Annual returns of the Patna Lunatic Asylum at Bankipore in Bihar and Orissa - 1912-1924
Year: 1912
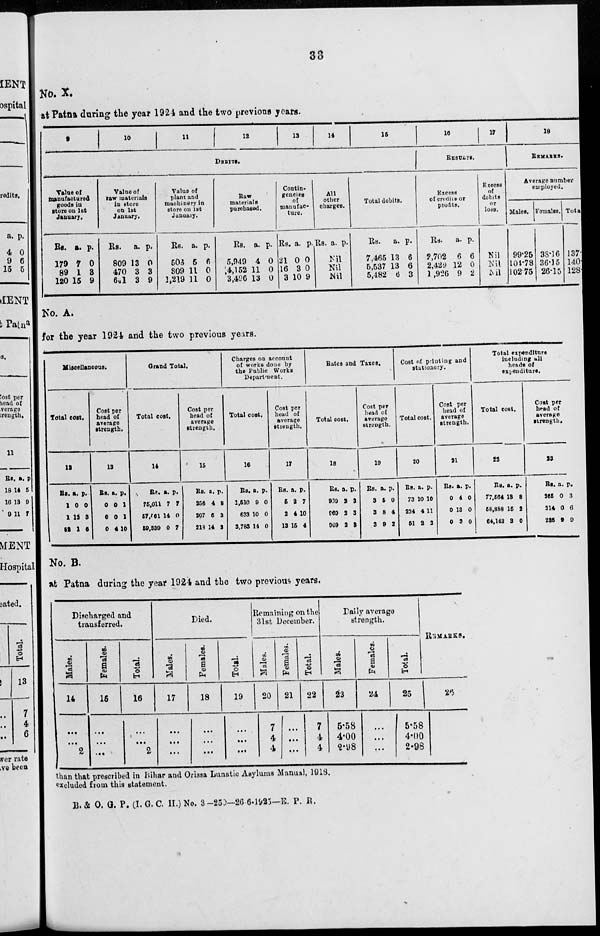
33
No. X.
at Patna during the year 1924 and the two previous years.
9
10
11
12
13
14
15
DEBITS.
Value of
manufactured
goods in
store on 1st
January.
Rs.
179
89
120
a.
7
1
15
p.
0
3
9
Value of
raw materials
in store
on 1st
January.
Rs.
809
470
641
a.
13
3
3
p.
0
3
9
Value of
plant and
machinery in
store on 1st
January.
Rs.
503
809
1,219
a.
5
11
11
p.
6
0
0
Raw
materials
purchased.
Rs.
5,949
4,152
3,496
a.
4
11
13
p.
0
0
0
Contin-
gencies
of
manufac-
ture.
Rs.
21
16
3
a.
0
3
10
P.
0
0
9
All
other
charges.
Rs. a. p.
Nil
Nil
Nil
Total debits.
Rs.
7,465
5,537
5,482
a.
13
13
6
p.
6
6
3
16
17
RESULTS.
Excess
of credits or
profits.
Rs.
2,702
2,429
1,926
a.
6
12
9
p.
6
0
2
Excess
of
debits
or
loss.
Nil
Nil
Nil
18
REMARKS.
Average number
employed.
Males.
99.25
104.78
102.75
Females.
38.16
36.15
26.15
Total.
137
140
128
No. A.
for the year 1924 and the two previous years.
Miscellaneous.
Total cost.
12
Rs.
1
1
82
a.
0
12
1
p.
0
3
6
Cost per
bead of
average
strength.
13
Rs.
0
0
0
a.
0
0
4
p.
1
1
10
Grand Total.
Total cost.
14
Rs.
75,011
57,061
59,330
a.
7
14
0
p.
7
0
7
Cost per
head of
average
strength.
15
Rs.
256
207
218
a.
4
6
14
p.
8
3
3
Charges on account
of works done by
the Public Works
Department.
Total cost.
16
Rs.
1,510
633
3,783
a.
9
10
14
p.
0
0
0
Cost per
head of
average
strength.
17
Rs.
5
2
13
a.
2
4
15
p.
7
10
4
Bates and Taxes.
Total cost,
18
Rs.
969
269
969
a.
2
2
2
p.
3
3
3
Cost per
head of
average
strength.
19
Rs.
3
3
3
a.
5
8
9
p.
0
4
2
Cost of printing and
stationery.
Total cost.
20
Rs.
73
234
51
a.
10
4
2
p.
10
11
2
Cost per
head of
average
strength.
21
Rs.
0
0
0
a.
4
13
3
p.
0
0
0
Total expenditure
including all
heads of
expenditure,
Total cost.
22
Rs.
77.564
58,888
64,143
a.
13
15
3
p.
8
2
0
Cost per
head of
average
strength.
23
Rs.
265
214
236
a.
0
0
9
p.
3
6
9
No. B.
at Patna during the year 1924 and the two previous years.
Discharged and
transferred.
Males.
14
...
...
2
Females.
15
...
...
...
Total.
16
...
...
2
Died.
Males.
17
...
...
...
Females.
18
...
...
...
Total.
19
...
...
...
Remaining on the
31st December.
Males.
20
7
4
4
Females.
21
...
...
...
Total.
22
7
4
4
Daily average
strength.
Males.
23
5.58
4.00
2.98
Females.
24
...
...
...
Total.
25
5.58
4.00
2.98
REMARKS.
26
than that prescribed in Bihar and Orissa Lunatic Asylums Manual, 1918.
excluded from this statement.
B. & O. G. P. (I.G.C. H.) No. 3—250-26-6-1925—E. P. R.